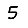
Digit: 5